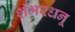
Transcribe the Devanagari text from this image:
शंभरधनू